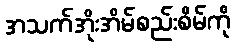
အသက်အိုးအိမ်စည်းစိမ်ကို